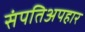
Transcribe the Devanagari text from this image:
संपतिअपहार